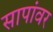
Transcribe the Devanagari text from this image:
सापांवर